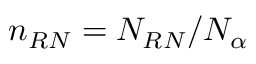
n _ { R N } = N _ { R N } / N _ { \alpha }